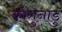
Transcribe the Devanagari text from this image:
कोंगुनाडु